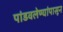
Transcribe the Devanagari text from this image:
पांडवलेण्यांपासून